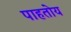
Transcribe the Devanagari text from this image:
पाहतोय